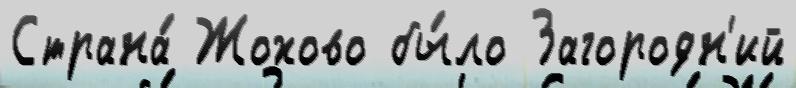
Страна́ Жохово бы́ло Загородн'ий